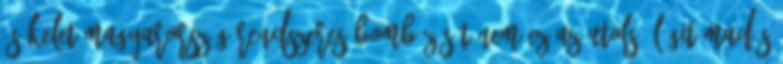
és Kelet-Magyarország rendszeres bombázását nem ez az utolsó légitámadás